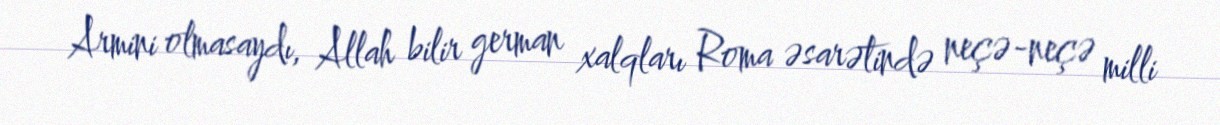
Armini olmasaydı, Allah bilir german xalqları Roma əsarətində neçə-neçə milli